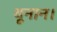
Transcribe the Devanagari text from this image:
यूनान।